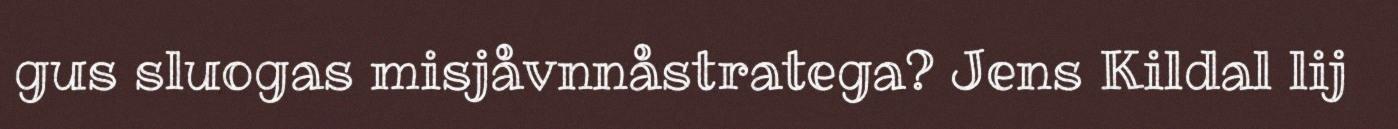
gus sluogas misjåvnnåstratega? Jens Kildal lij